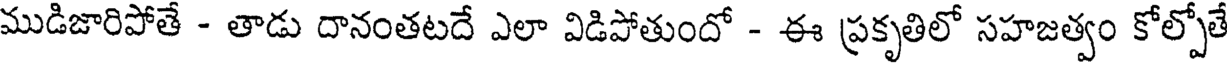
ముడిజారిపోతే - తాడు దానంతటదే ఎలా విడిపోతుందో - ఈ ప్రకృతిలో సహజత్వం కోల్పోతే